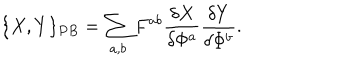
\{ X , Y \} _ { P B } = \sum _ { a , b } F ^ { a b } \frac { \delta X } { \delta \Phi ^ { a } } \frac { \delta Y } { \delta \Phi ^ { b } } .